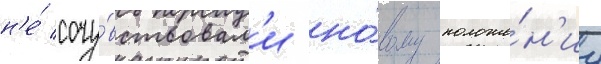
н'е́ сочу́вствовал'и но́вому положе́н'иу